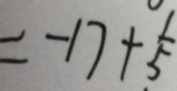
= - 1 7 + \frac { 1 } { 5 }